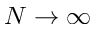
N \to \infty